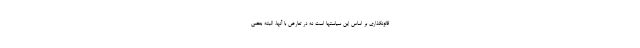
قانونگذاری بر اساس این سیاستها است نه در تعارض با آنها، البته بعضی